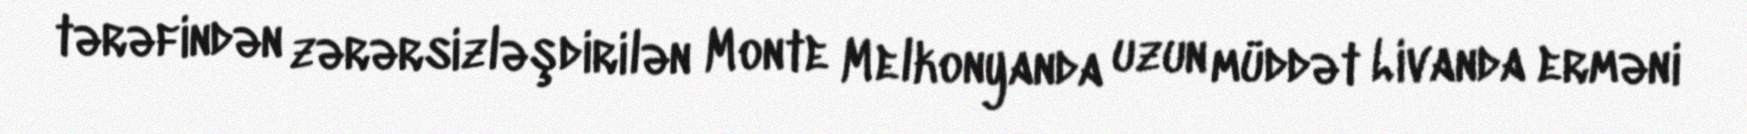
tərəfindən zərərsizləşdirilən Monte Melkonyanda uzun müddət Livanda erməni